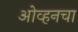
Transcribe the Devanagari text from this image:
ओव्हनचा